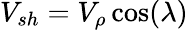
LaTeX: V_{sh}=V_{\rho}\cos(\lambda)